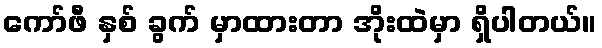
ကော်ဖီ နှစ် ခွက် မှာထားတာ အိုးထဲမှာ ရှိပါတယ်။